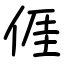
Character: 𠊎